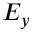
E _ { y }